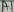
Text: A1